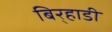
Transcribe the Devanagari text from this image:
बिर्‍हाडी